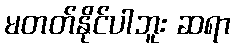
မတတ်နိုင်ပါဘူး ဆရာ